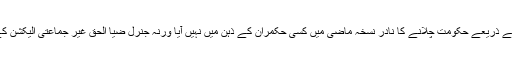
پارلیمنٹ کی موجودگی میں آرڈی نینسوں کے ذریعے حکومت چلانے کا نادر نسخہ ماضی میں کسی حکمران کے ذہن میں نہیں آیا ورنہ جنرل ضیا الحق غیر جماعتی الیکشن کے لئے اتنے پاپڑ بیلنے پر مجبور نہ ہوتے۔